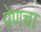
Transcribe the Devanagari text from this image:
पेणचा